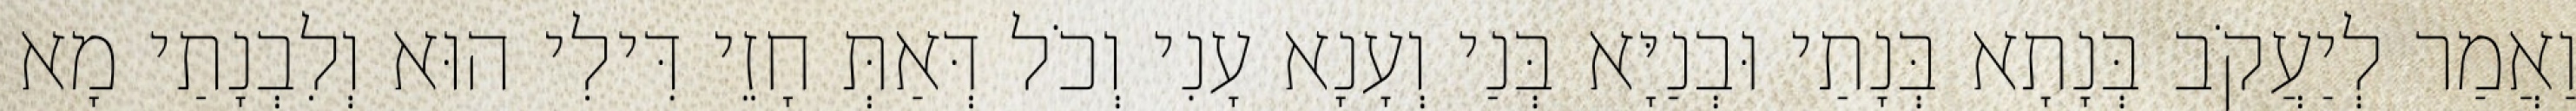
וַאֲמַר לְיַעֲקֹב בְּנָתָא בְּנָתַי וּבְנַיָּא בְּנַי וְעָנָא עָנִי וְכֹל דְּאַתְּ חָזֵי דִּילִי הוּא וְלִבְנָתַי מָא